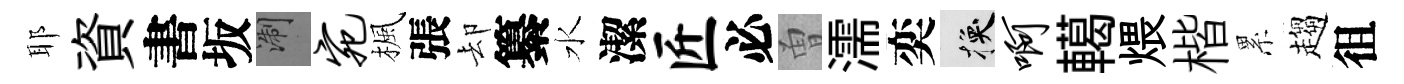
耶資書坂浙宛楓張却纂水潔匠必曽濡奕换啊轕煨楷累趨徂